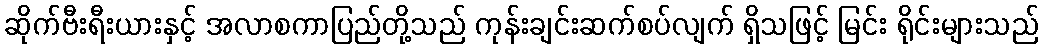
ဆိုက်ဗီးရီးယားနှင့် အလာစကာပြည်တို့သည် ကုန်းချင်းဆက်စပ်လျက် ရှိသဖြင့် မြင်း ရိုင်းများသည်